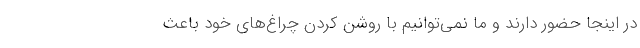
در اینجا حضور دارند و ما نمی‌توانیم با روشن کردن چراغ‌های خود باعث